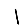
Digit: 1